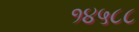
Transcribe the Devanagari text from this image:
१४५८८